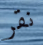
نقر